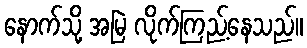
နောက်သို့ အမြဲ လိုက်ကြည့်နေသည်။